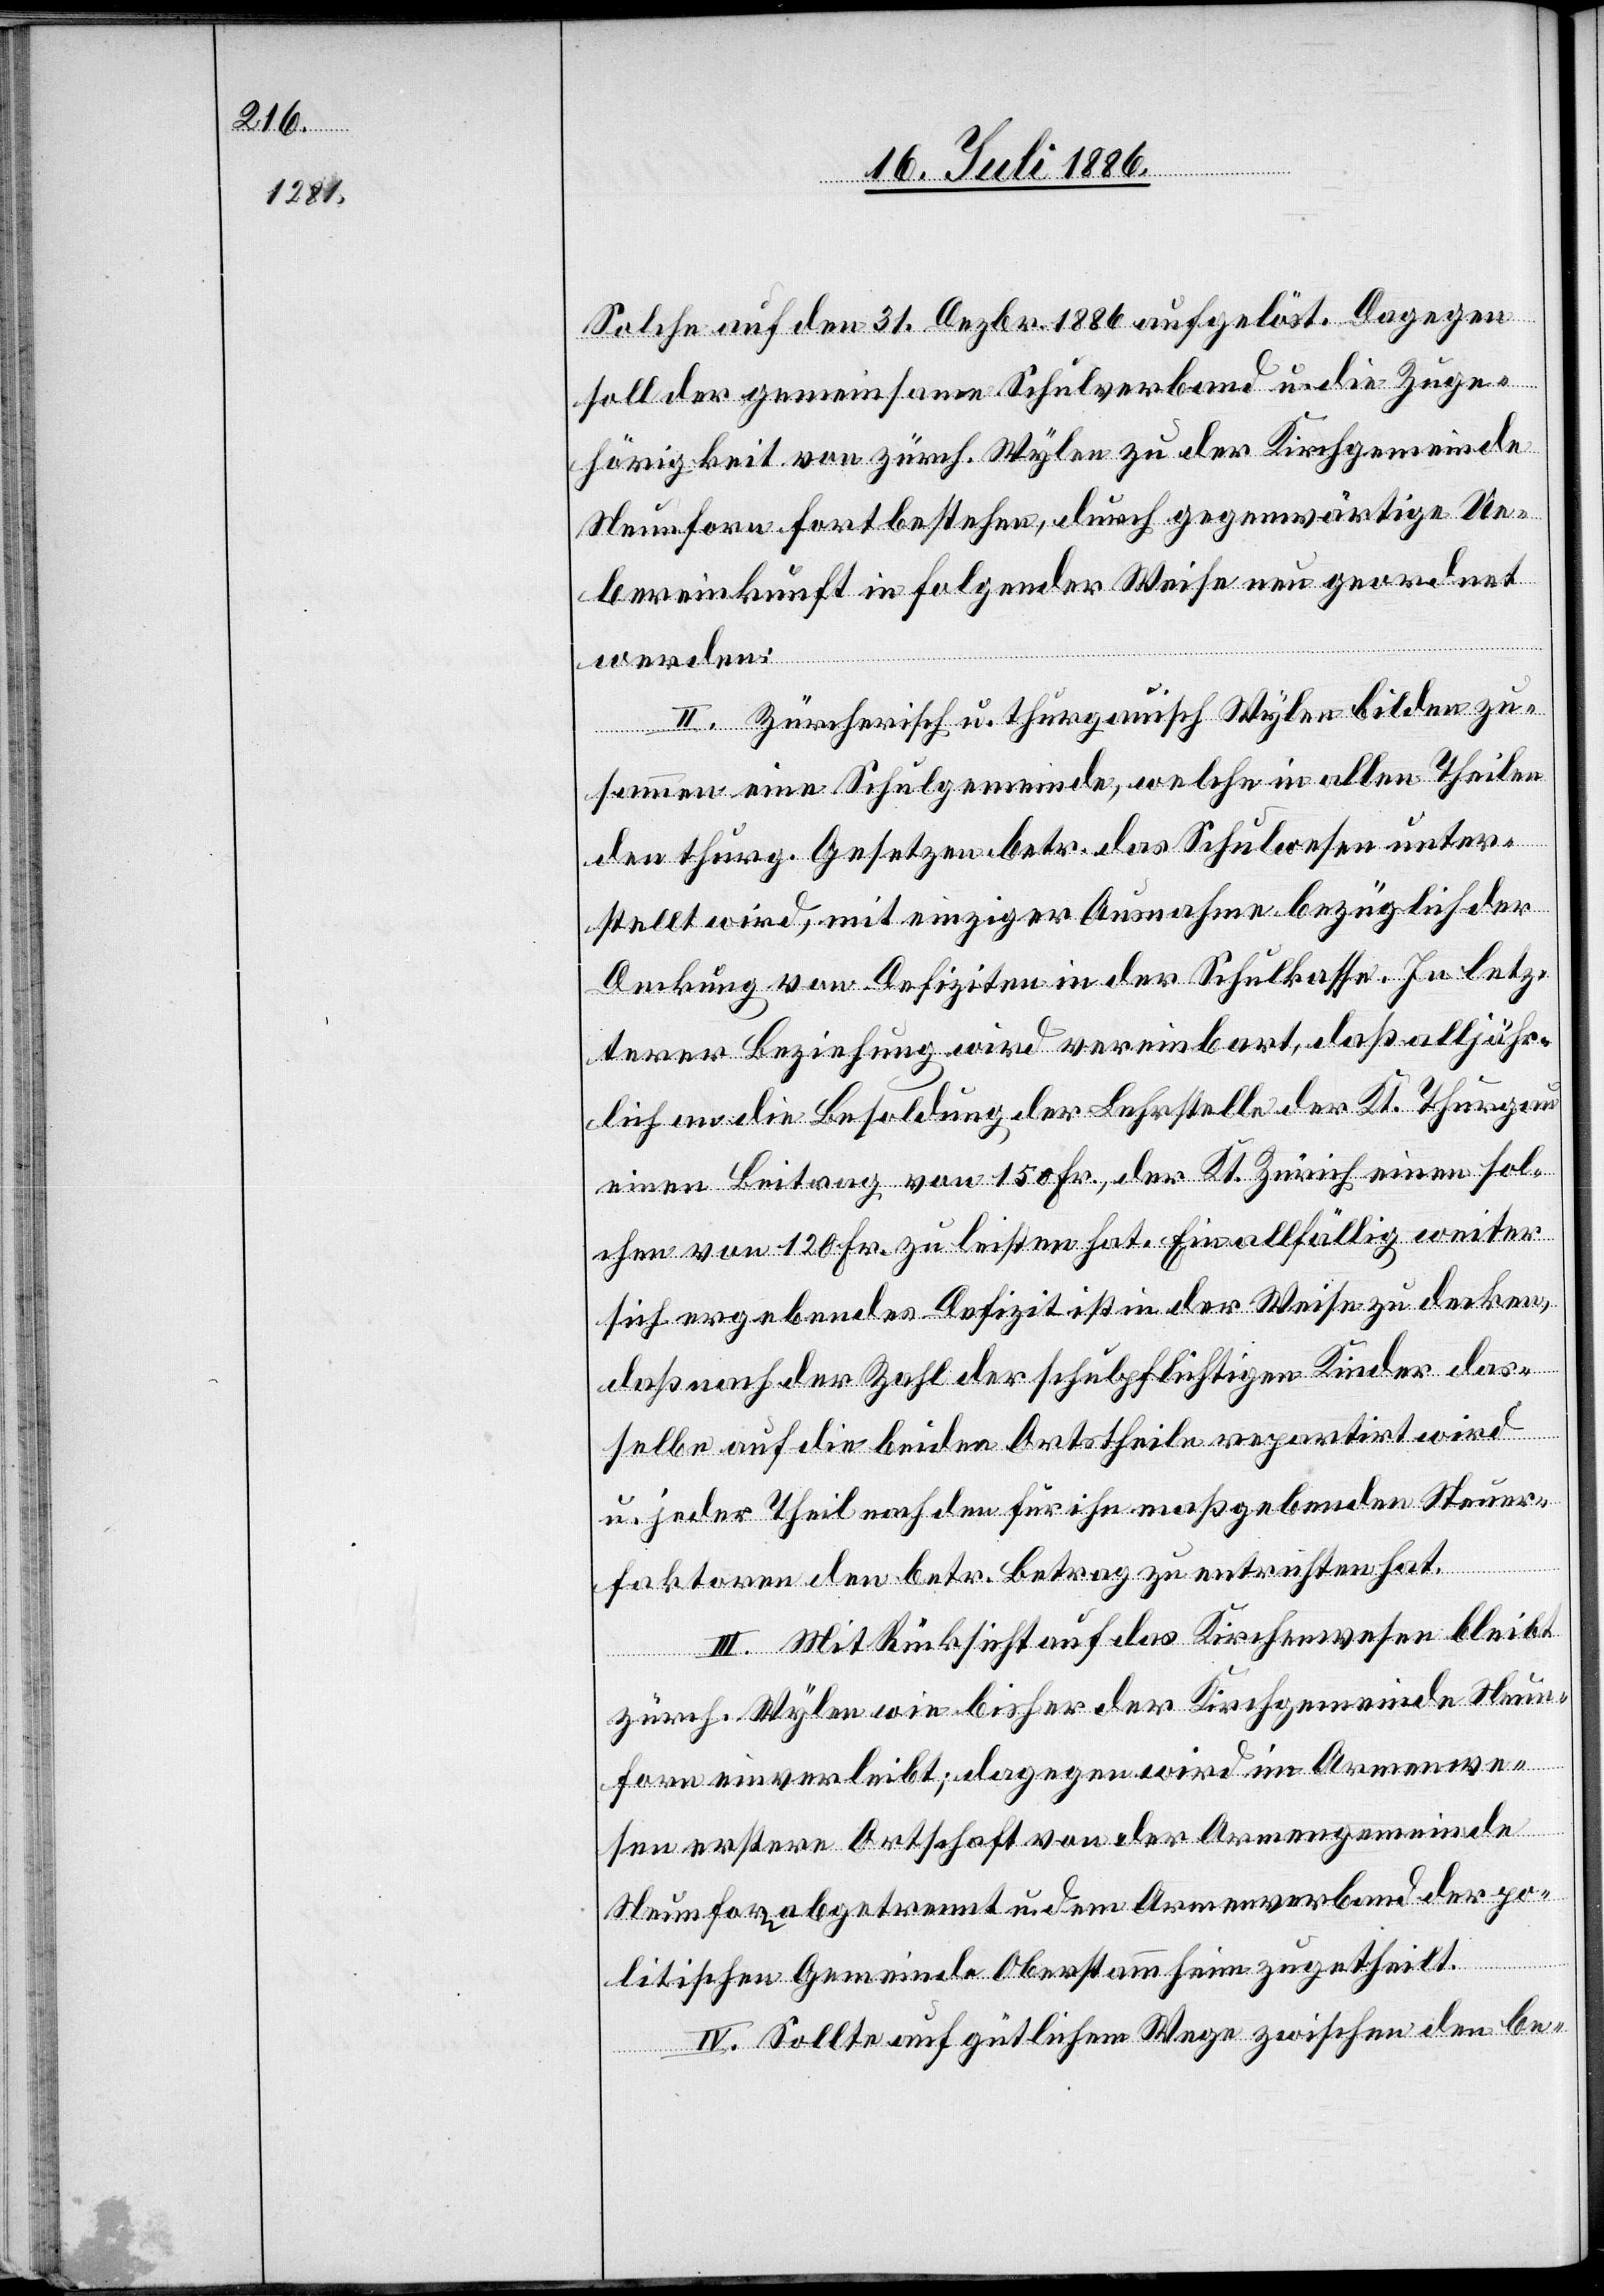
Solche auf den 31. Dezbr. 1886 aufgelöst. Dagegen
soll der gemeinsame Schulverband u. die Zuge¬
hörigkeit von zürch. Wylen zu der Kirchgemeinde
Neunforn fortbestehen, durch gegenwärtige Ue¬
bereinkunft in folgender Weise neu geordnet
werden:
II. Zürcherisch u. thurgauisch Wylen bilden zu¬
sammen eine Schulgemeinde, welche in allen Theilen
den thurg. Gesetzen betr. das Schulwesen unter¬
stellt wird, mit einzige Ausnahme bezüglich der
Deckung von Defiziten in der Schulkasse. In letz¬
terer Beziehung wird vereinbart, daß alljähr¬
lich an die Besoldung der Lehrstelle der Kt. Thurgau
einen Beitrag von 150 Fr., der Kt. Zürich einen sol¬
chen von 120 Fr. zu leisten hat. Ein allfällig weiter
sich ergebendes Defizit ist in der Weise zu decken,
daß nach der Zahl der schulpflichtigen Kinder das¬
selbe auf die beiden Ortstheile repartirt wird
u. jeder Theil nach den für ihn maßgebenden Steuer¬
faktoren den betr. Betrag zu entrichten hat.
III. Mit Rücksicht auf das Kirchenwesen bleibt
zürch. Wylen wie bisher der Kirchgemeinde Neun¬
forn einverleibt; dagegen wir im Armenwe¬
sen erstere Ortschaft von der Armengemeinde
Neunforn abgetrennt u. dem Armenverband der po¬
litischen Gemeinde Oberstammheim zugetheilt.
IV. Sollte auf gütlichem Wege zwischen den be-